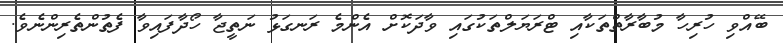
ބޭއްވި ހުރިހާ މުބާރާތްތަކާއި ޓްރަޔަލްތަކުގައި ވާދަކޮށް އެންމެ ރަނގަޅު ނަތީޖާ ހޯދާފައިވާ ފެތުންތެރިންނެވެ.